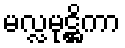
မလ္လမုဋ္ဌိကာ